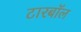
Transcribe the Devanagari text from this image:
टारबॉल